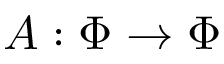
A : \Phi \rightarrow \Phi